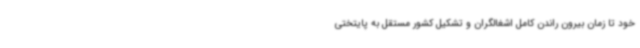
خود تا زمان بیرون راندن کامل اشغالگران و تشکیل کشور مستقل به پایتختی